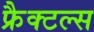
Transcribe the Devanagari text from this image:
फ्रैक्टल्स